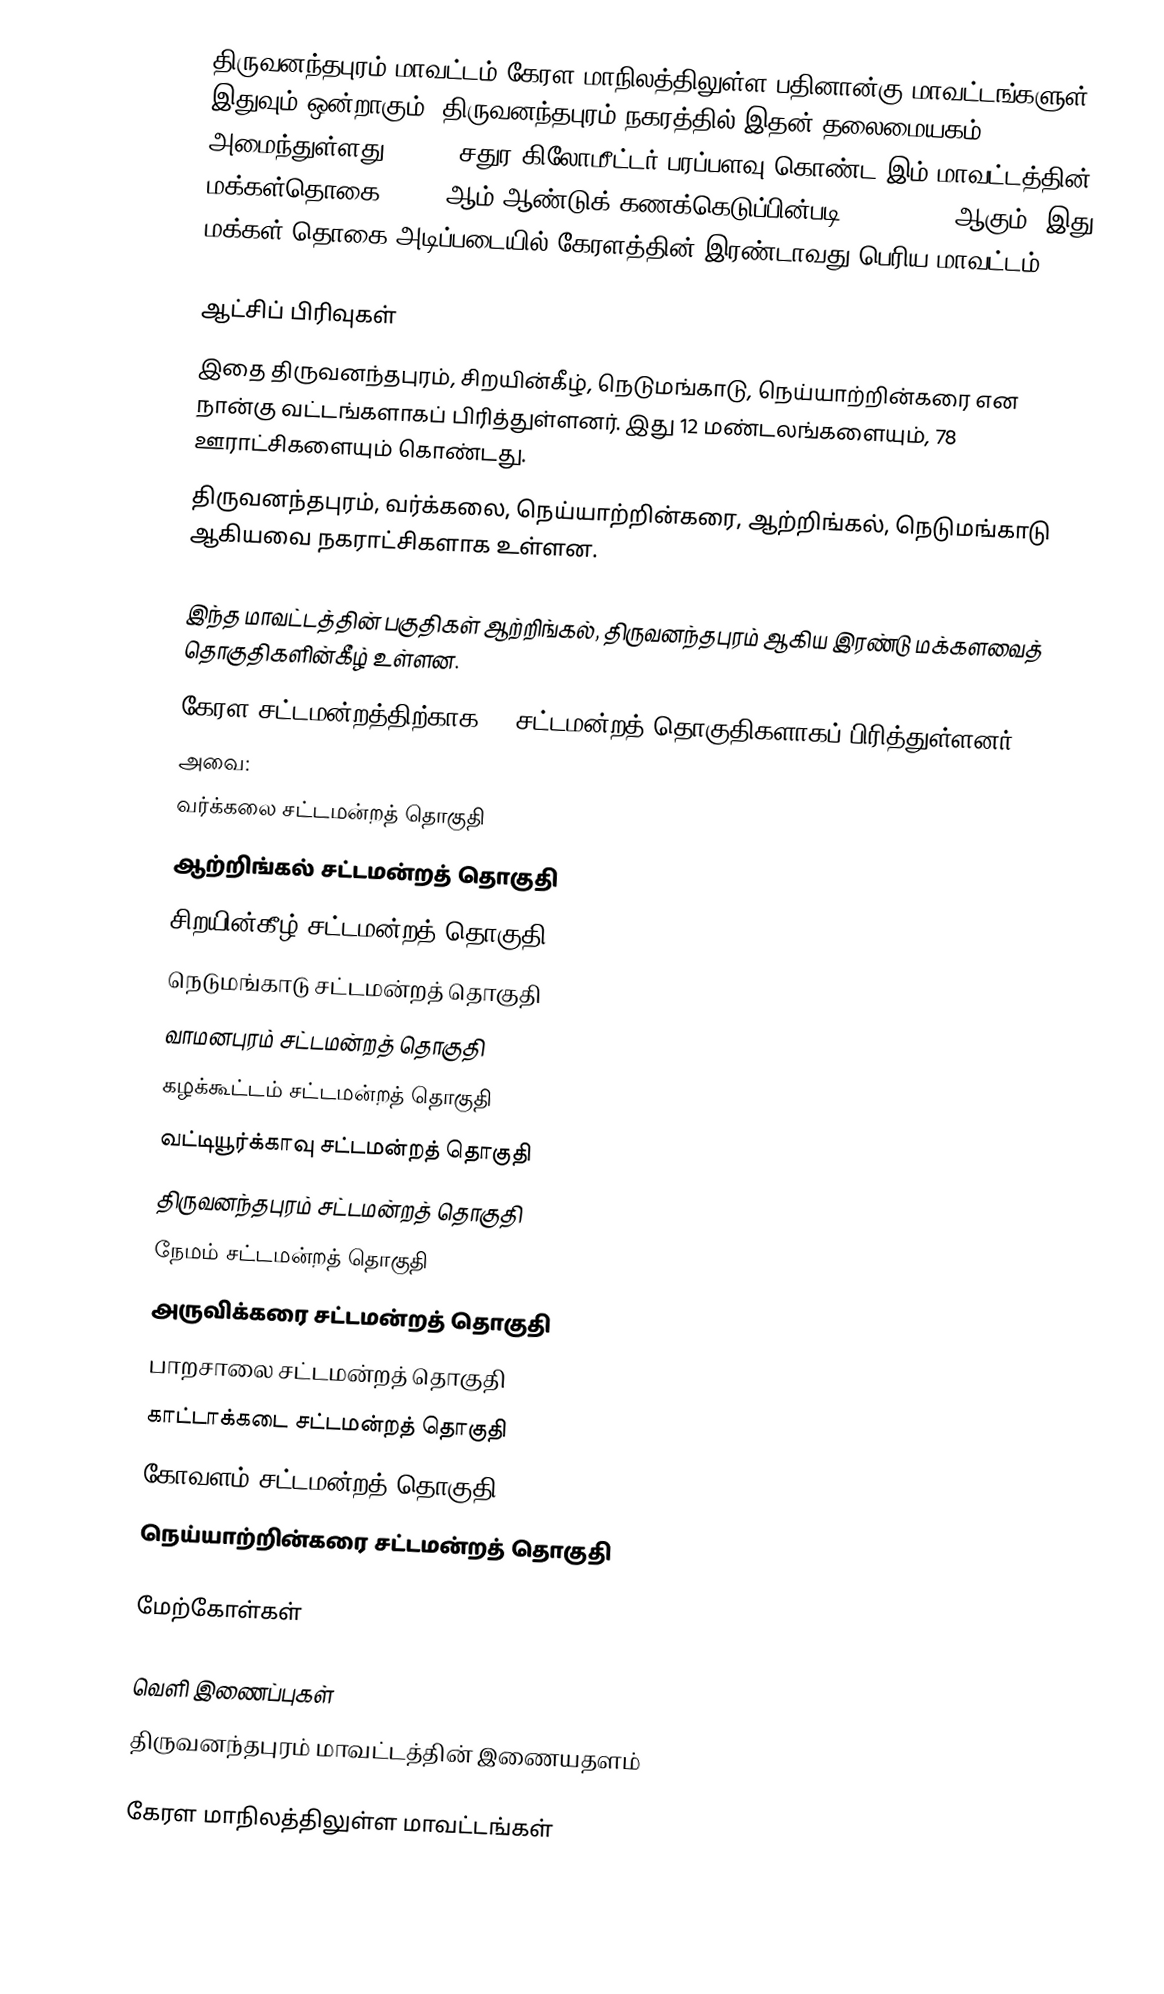
திருவனந்தபுரம் மாவட்டம் கேரள மாநிலத்திலுள்ள பதினான்கு மாவட்டங்களுள் இதுவும் ஒன்றாகும். திருவனந்தபுரம் நகரத்தில் இதன் தலைமையகம் அமைந்துள்ளது. 2,192 சதுர கிலோமீட்டர் பரப்பளவு கொண்ட இம் மாவட்டத்தின் மக்கள்தொகை, 2001 ஆம் ஆண்டுக் கணக்கெடுப்பின்படி, 3,234,356 ஆகும். இது மக்கள் தொகை அடிப்படையில் கேரளத்தின் இரண்டாவது பெரிய மாவட்டம்.

ஆட்சிப் பிரிவுகள்
இதை திருவனந்தபுரம், சிறயின்கீழ்,  நெடுமங்காடு,  நெய்யாற்றின்கரை என நான்கு வட்டங்களாகப் பிரித்துள்ளனர். இது 12 மண்டலங்களையும், 78 ஊராட்சிகளையும் கொண்டது.
திருவனந்தபுரம், வர்க்கலை,  நெய்யாற்றின்கரை, ஆற்றிங்கல்,  நெடுமங்காடு ஆகியவை நகராட்சிகளாக உள்ளன.

இந்த மாவட்டத்தின் பகுதிகள் ஆற்றிங்கல், திருவனந்தபுரம் ஆகிய இரண்டு மக்களவைத் தொகுதிகளின்கீழ் உள்ளன.
கேரள சட்டமன்றத்திற்காக 14 சட்டமன்றத் தொகுதிகளாகப் பிரித்துள்ளனர்.
அவை:
வர்க்கலை சட்டமன்றத் தொகுதி
ஆற்றிங்கல் சட்டமன்றத் தொகுதி
சிறயின்கீழ் சட்டமன்றத் தொகுதி
நெடுமங்காடு சட்டமன்றத் தொகுதி
வாமனபுரம் சட்டமன்றத் தொகுதி
கழக்கூட்டம் சட்டமன்றத் தொகுதி
வட்டியூர்க்காவு சட்டமன்றத் தொகுதி
திருவனந்தபுரம் சட்டமன்றத் தொகுதி
நேமம் சட்டமன்றத் தொகுதி
அருவிக்கரை சட்டமன்றத் தொகுதி
பாறசாலை சட்டமன்றத் தொகுதி
காட்டாக்கடை சட்டமன்றத் தொகுதி
கோவளம் சட்டமன்றத் தொகுதி
நெய்யாற்றின்கரை சட்டமன்றத் தொகுதி

மேற்கோள்கள்

வெளி இணைப்புகள்
திருவனந்தபுரம் மாவட்டத்தின் இணையதளம்

கேரள மாநிலத்திலுள்ள மாவட்டங்கள்